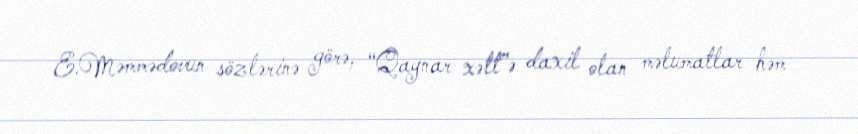
E.Məmmədovun sözlərinə görə, “Qaynar xətt”ə daxil olan məlumatlar həm